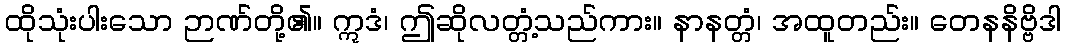
ထိုသုံးပါးသော ဉာဏ်တို့၏။ ဣဒံ၊ ဤဆိုလတ္တံ့သည်ကား။ နာနတ္တံ၊ အထူတည်း။ တေနနိဗ္ဗိဒါ